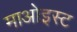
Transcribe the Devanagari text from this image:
माओइस्ट